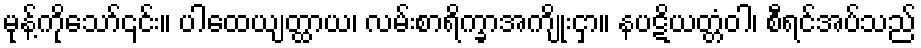
မုန့်ကိုသော်၎င်း။ ပါထေယျတ္ထာယ၊ လမ်းစာရိက္ခာအကျိုးငှာ။ နပဋိယတ္တံဝါ၊ စီရင်အပ်သည်